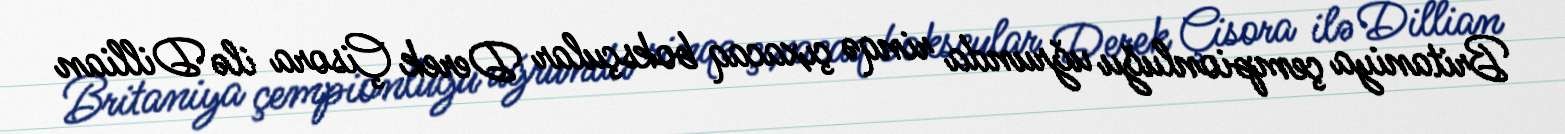
Britaniya çempionluğu uğrunda rinqə çıxacaq boksçular Derek Çisora ilə Dillian